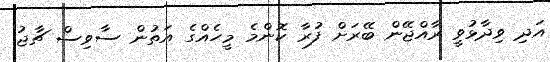
އަދި ވިދާޅުވީ ރާއްޖޭން ބޭރަށް ފުރާ ކޮންމެ މީހެއްގެ އަތުން ސާވިސް ޗާޖު